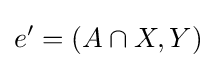
e'=(A\cap X,Y)